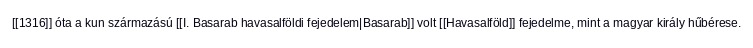
[[1316]] óta a kun származású [[I. Basarab havasalföldi fejedelem|Basarab]] volt [[Havasalföld]] fejedelme, mint a magyar király hűbérese.